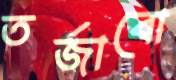
তর্জাবো